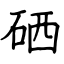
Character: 硒